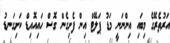
އަރުތެރޭގެ މިބައި އިންނަނީ މަޑު ޕަލޭޓް އިން ފެށިގެން ގޮސް ހައިއޮއިޑް ކަށިގަނޑު